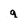
Character: q